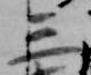
三